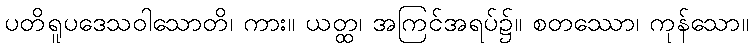
ပတိရူပဒေသဝါသောတိ၊ ကား။ ယတ္ထ၊ အကြင်အရပ်၌။ စတဿော၊ ကုန်သော။